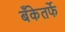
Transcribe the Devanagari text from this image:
बँकेतर्फे